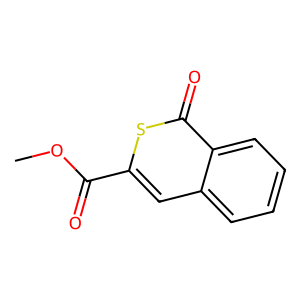
SMILES: COC(=O)c1cc2ccccc2c(=O)s1
Inhibits HIV replication: No